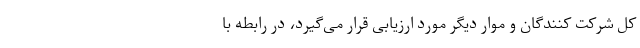
کل شرکت کنندگان و موار دیگر مورد ارزیابی قرار می‌گیرد، در رابطه با